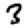
Digit: 3